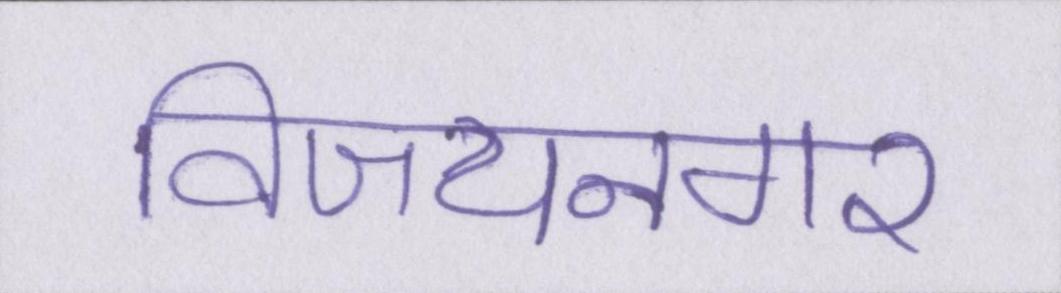
विजयनगर